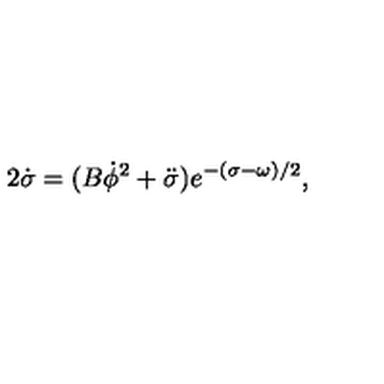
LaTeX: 2 \dot { \sigma } = ( B \dot { \phi } ^ { 2 } + \ddot { \sigma } ) e ^ { - ( \sigma - \omega ) / 2 } ,